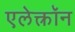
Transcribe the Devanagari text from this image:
एलेक्त्रॉन